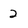
Character: 2